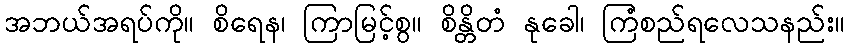
အဘယ်အရပ်ကို။ စိရေန၊ ကြာမြင့်စွ။ စိန္တိတံ နုခေါ၊ ကြံစည်ရလေသနည်း။